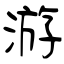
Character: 游